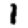
Digit: 1